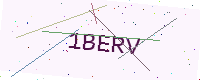
Text: 1BERV